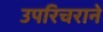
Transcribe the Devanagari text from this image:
उपरिचराने